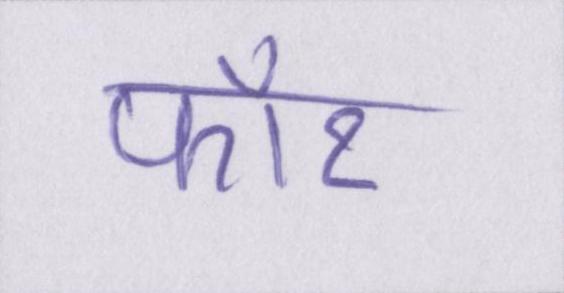
फॉर